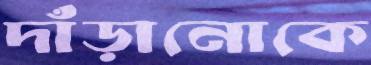
দাঁড়ানোকে